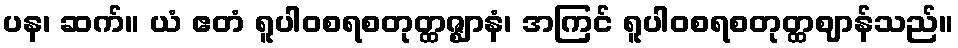
ပန၊ ဆက်။ ယံ ဧတံ ရူပါဝစရစတုတ္ထဇ္ဈာနံ၊ အကြင် ရူပါဝစရစတုတ္ထဈာန်သည်။